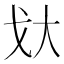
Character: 𫻨